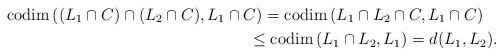
LaTeX: \begin{gather*}{\rm codim\,}((L_1 \cap C)\cap (L_2 \cap C), L_1 \cap C) = {\rm codim\,} (L_1 \cap L_2 \cap C,L_1 \cap C)\\\phantom{{\rm codim\,}((L_1 \cap C)\cap (L_2 \cap C), L_1 \cap C)}\leq {\rm codim\,}(L_1\cap L_2,L_1)= d(L_1,L_2).\end{gather*}